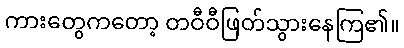
ကားတွေကတော့ တဝီဝီဖြတ်သွားနေကြ၏။